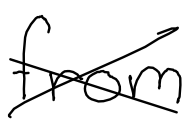
Text: from
Cross-out: cross
Writing tool: digital_black